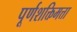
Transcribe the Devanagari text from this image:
पूर्णशक्तिमत्ता